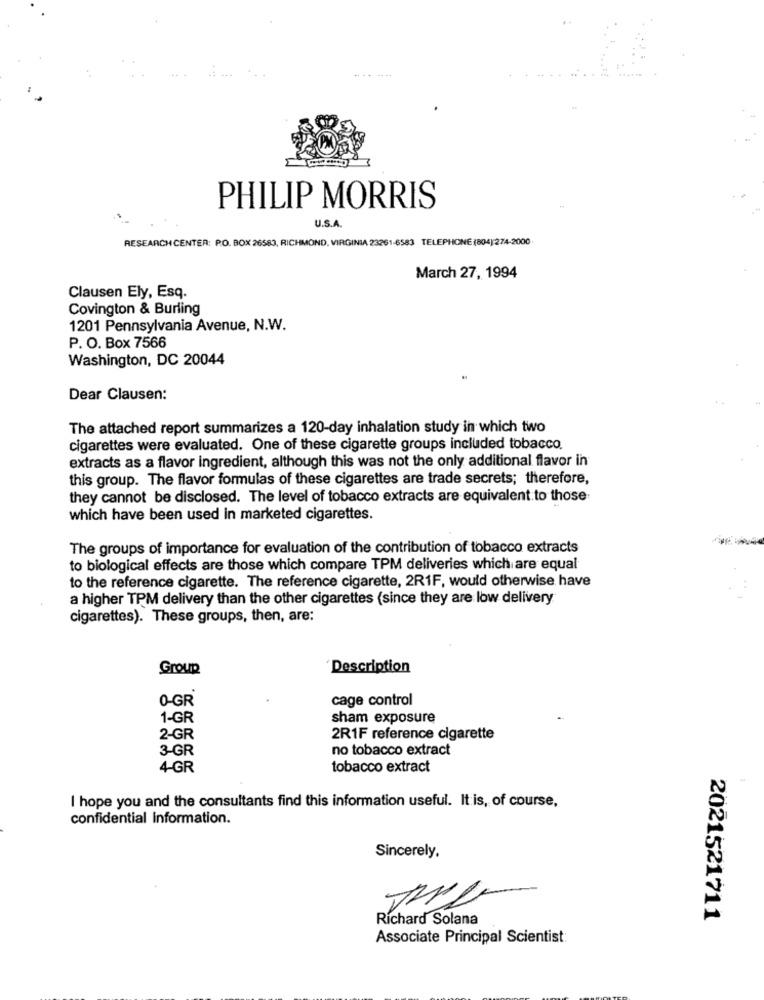
PHILIP MORRIS
U.S.A.
RESEARCH CENTER: P.O. BOX 26583, RICHMOND, VIRGINIA 23261-6583 TELEPHONE (804):274-2000
March 27, 1994
Clausen Ely, Esq.
Covington & Burling
1201 Pennsylvania Avenue, N.W.
P. O. Box 7566
Washington, DC 20044
Dear Clausen:
The attached report summarizes a 120-day inhalation study in which two
cigarettes were evaluated. One of these cigarette groups included tobacco.
extracts as a flavor ingredient, although this was not the only additional flavor in
this group. The flavor formulas of these cigarettes are trade secrets; therefore,
they cannot be disclosed. The level of tobacco extracts are equivalent to those
which have been used in marketed cigarettes.
The groups of importance for evaluation of the contribution of tobacco extracts
to biological effects are those which compare TPM deliveries which are equal
to the reference cigarette. The reference cigarette, 2R1F, would otherwise have
a higher TPM delivery than the other cigarettes (since they are low delivery
cigarettes). These groups, then, are:
Group
Description
O-GR
cage control
1-GR
sham exposure
2-GR
2R1F reference cigarette
3-GR
no tobacco extract
4-GR
tobacco extract
I hope you and the consultants find this information useful. It is, of course,
confidential information.
Sincerely.
Richard Solana
2021521711
Associate Principal Scientist: